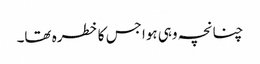
چنانچہ وہی ہوا جس کا خطرہ تھا۔